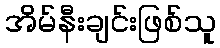
အိမ်နီးချင်းဖြစ်သူ